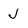
Character: J